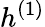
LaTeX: h^{(1)}